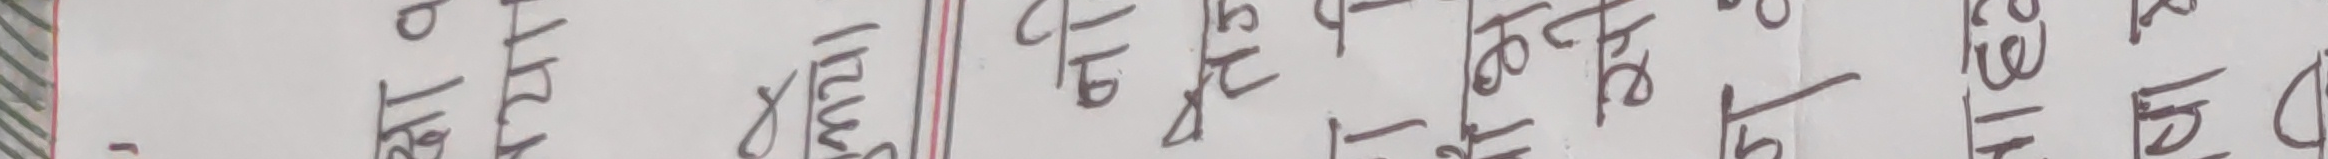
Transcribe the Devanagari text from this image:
मन्त्रालय